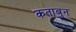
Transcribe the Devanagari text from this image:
कताबुन